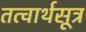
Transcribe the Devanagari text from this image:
तत्वार्थसूत्र